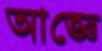
আজ্ঞে